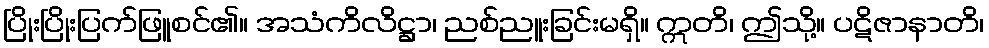
ပြိုးပြိုးပြက်ဖြူစင်၏။ အသံကိလိဋ္ဌာ၊ ညစ်ညူးခြင်းမရှိ။ ဣတိ၊ ဤသို့။ ပဋိဇာနာတိ၊